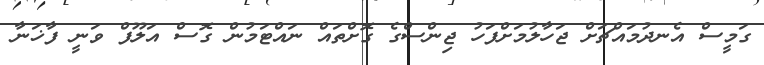
ގަމީސް އެނދުމައްޗަށް ޖަހާލުމަށްފަހު ޖިންސްގެ ގޮށްތައް ނައްޓަމުން ގޮސް އަލޫފް ވަނީ ފާޚަނާ